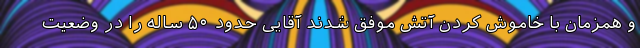
و همزمان با خاموش کردن آتش موفق شدند آقایی حدود ۵۰ ساله را در وضعیت